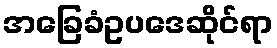
အခြေခံဥပဒေဆိုင်ရာ